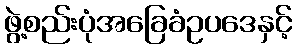
ဖွဲ့စည်းပုံအခြေခံဥပဒေနှင့်